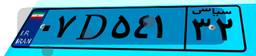
۰۷D۵۴۱۳۲